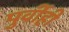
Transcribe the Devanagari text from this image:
पुर्वीही